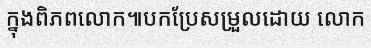
ក្នុងពិភពលោក៕បកប្រែសម្រួលដោយ លោក